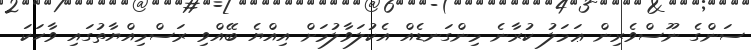
ސަންގެ ނޫސްވެރިން ޢަމަލު ކުރާނެ މިންގަނޑެއް އެކުލަވާލުމަށް އިއްޔެ ބޭއްވި ރަސްމިއްޔާތުގައި ވާހަކަ